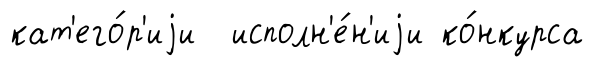
кат'его́р'иjи исполн'е́н'иjи ко́нкурса